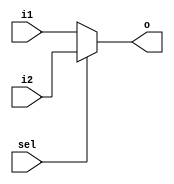
module Mux (i1,i2,sel,o);
    input [31:0] i1,i2;
    input sel;
    output [31:0] o;

    assign o = (sel) ? i2 : i1 ;        //0 1
    
endmodule